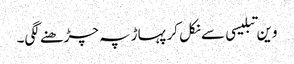
وین تبلیسی سے نکل کر پہاڑ پہ چڑھنے لگی۔